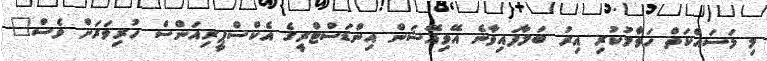
މި މަސައްކަތް ހަވާލުކުރި އިރު ބަލާފައިވާނެ އޭވިއޭޝަން އިންޑަސްޓްރީގެ އެކްސްޕީރިއަންސް ހުރިވަރަށް ވެސް"